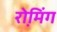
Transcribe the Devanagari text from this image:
रो़मिंग